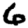
Digit: 6